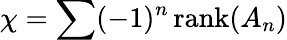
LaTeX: \chi=\sum(-1)^{n}\, \mathrm{rank}(A_{n})